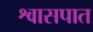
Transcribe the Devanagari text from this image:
श्वासपात